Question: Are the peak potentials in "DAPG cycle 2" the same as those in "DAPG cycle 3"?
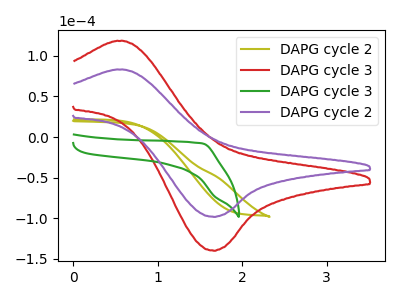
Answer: <think>The olive curve "DAPG cycle 2" has no peaks. The red curve "DAPG cycle 3" has an anodic peak at (0.55V, 118.10uA) and a cathodic peak at (1.65V, -139.80uA). The green curve "DAPG cycle 3" has no peaks. The purple curve "DAPG cycle 2" has an anodic peak at (0.55V, 82.95uA) and a cathodic peak at (1.65V, -98.20uA).</think>
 <answer>Yes, "DAPG cycle 2" have a peak in "DAPG cycle 3" at the same potential.</answer>
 <eval>match</eval>